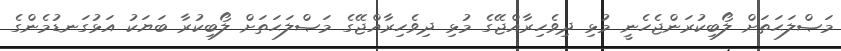
މަޞްލަޙަތަށް ލޯބިކުރަންޖެހެނީ މުޅި ދިވެހިރާއްޖޭގެ މުޅި ދިވެހިރާއްޖޭގެ މަޞްލަޙަތަށް ލޯބިކުރާ ބަޔަކު އަޅުގަނޑުމެންގެ